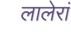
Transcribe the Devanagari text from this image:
लालेरां